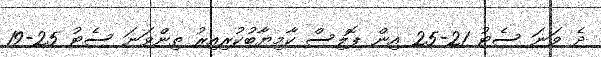
ދެ ވަނަ ސެޓު 21-25 އިން ޕޮލިސް ކާމިޔާބުކުރިއިރު ތިންވަނަ ސެޓު 25-19